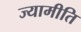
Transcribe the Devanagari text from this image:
ज्यामीति